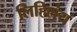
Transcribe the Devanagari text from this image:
लिहिलंय